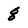
Character: 8